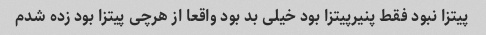
پیتزا نبود فقط پنیرپیتزا بود خیلی بد بود واقعا از هرچی پیتزا بود زده شدم